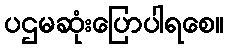
ပဌမဆုံးပြောပါရစေ။